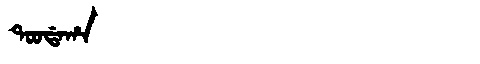
Manchu: ᡨᠣᠣᡩᠠᡥᠠ
Romanization: TOODAHA